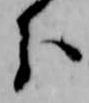
分